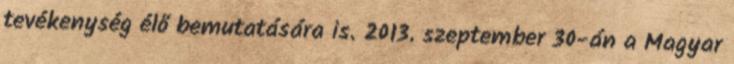
tevékenység élő bemutatására is. 2013. szeptember 30-án a Magyar